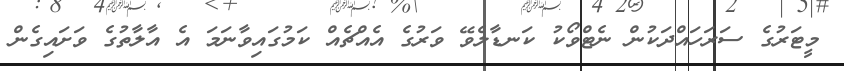
މީޓަރުގެ ސަރަހައްދަކުން ނެޓްވޯކު ކަނޑާލެވޭ ވަރުގެ އެއްޗެއް ކަމުގައިވާނަމަ އެ އާލާތުގެ ވަށައިގެން